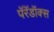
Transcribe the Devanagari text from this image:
पॅरॅडॉक्स